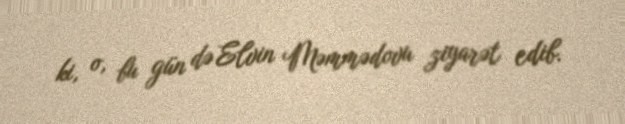
ki, o, bu gün də Elvin Məmmədovu ziyarət edib.